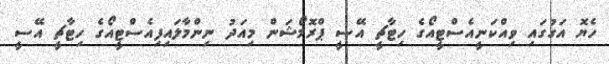
ހެޔޮ އަގުގައި ވިއްކަނީއެސްޓީއޯގެ ހިޓާޗީ އޭސީ ޕްރޮމޯޝަން މިއަދު ނިންމާލައިފިއެސްޓީއޯގެ ހިޓާޗީ އޭސީ